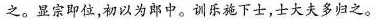
之。显宗即位，初以为郎中。训乐施下士，士大夫多归之。